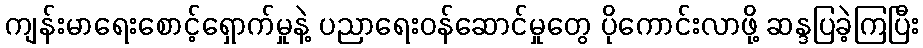
ကျန်းမာရေးစောင့်ရှောက်မှုနဲ့ ပညာရေးဝန်ဆောင်မှုတွေ ပိုကောင်းလာဖို့ ဆန္ဒပြခဲ့ကြပြီး